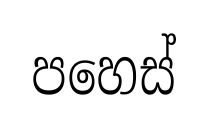
පහෙස්